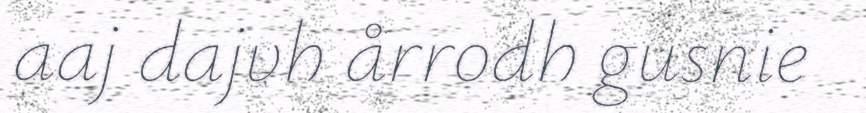
aaj dajvh årrodh gusnie